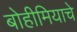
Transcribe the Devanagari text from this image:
बोहीमियाचे